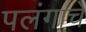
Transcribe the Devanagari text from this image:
पलंगाचे